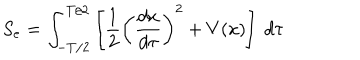
S _ { e } = \int _ { - T / 2 } ^ { T / 2 } \left[ { \frac { 1 } { 2 } } \left( { \frac { d x } { d \tau } } \right) ^ { 2 } + V ( x ) \right] \ d \tau